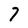
Character: 7